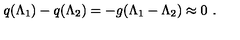
q ( \Lambda _ { 1 } ) - q ( \Lambda _ { 2 } ) = - g ( \Lambda _ { 1 } - \Lambda _ { 2 } ) \approx 0 \ .